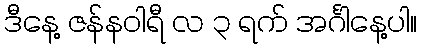
ဒီနေ့ ဇန်နဝါရီ လ ၃ ရက် အင်္ဂါနေ့ပါ။